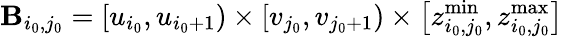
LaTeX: \mathbf{B}_{i_{0},j_{0}}=\left[u_{i_{0}},u_{i_{0}+1}\right)\times\left[v_{j_{0}},v_{j_{0}+1}\right)\times\left[z_{i_{0},j_{0}}^{\operatorname*{min}},z_{i_{0},j_{0}}^{\operatorname*{max}}\right]